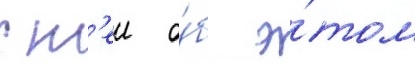
с н'еи о́б э́том